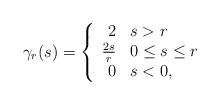
LaTeX: \begin{align*}\gamma_ r (s)= \left\{\begin{array}{rl}2 & s > r \\\frac{2s}{r} & 0 \leq s \leq r \\0 & s < 0,\end{array} \right. \end{align*}